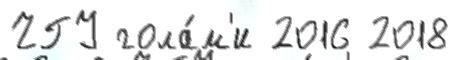
ЧГУ гола́м'и 2016 2018